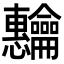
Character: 𬺡